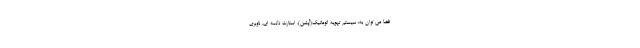
فضا می توان به: سیستم تهویه اتوماتیک(آپشن)، استارت دکمه ای، ناوبری